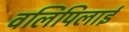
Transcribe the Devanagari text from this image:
वलिपिलाई